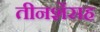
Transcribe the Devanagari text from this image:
तीनशेंसह